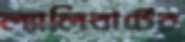
ল্যালিবার্টের